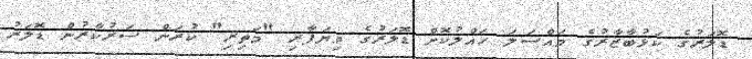
ޑޮލަރުގެ ކަޅުބާޒާރުގެ މައްސަލަ ހައްލުކޮށް ޑޮލަރުގެ ވިޔަފާރި "މަތިރި" ކުރަން ސަރުކާރުން ޑޮލަރު